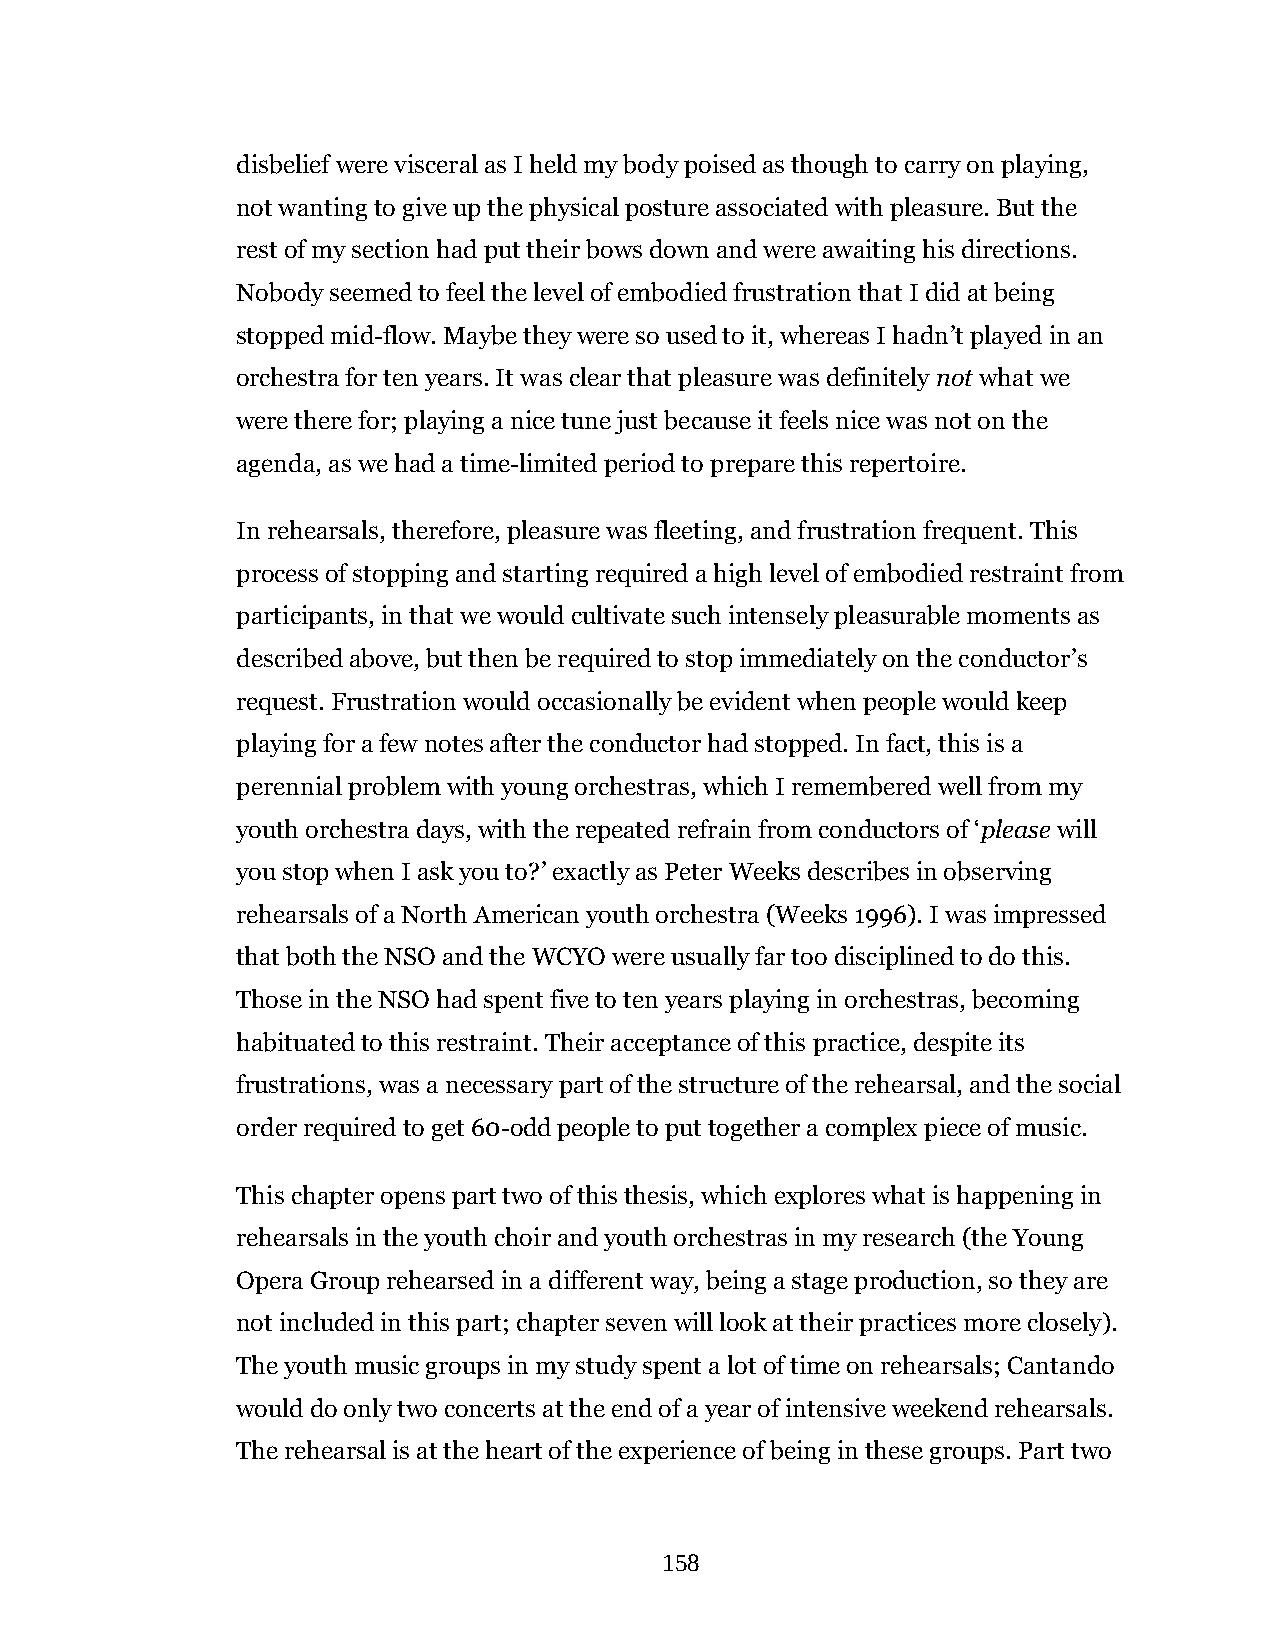
disbelief were visceral as I held my body poised as though to carry on playing,
 not wanting to give up the physical posture associated with pleasure. But the
 rest of my section had put their bows down and were awaiting his directions.
 Nobody seemed to feel the level of embodied frustration that I did at being
 stopped mid-flow. Maybe they were so used to it, whereas I hadn’t played in an
 orchestra for ten years. It was clear that pleasure was definitely not what we
 were there for; playing a nice tune just because it feels nice was not on the
 agenda, as we had a time-limited period to prepare this repertoire.
 In rehearsals, therefore, pleasure was fleeting, and frustration frequent. This
 process of stopping and starting required a high level of embodied restraint from
 participants, in that we would cultivate such intensely pleasurable moments as
 described above, but then be required to stop immediately on the conductor’s
 request. Frustration would occasionally be evident when people would keep
 playing for a few notes after the conductor had stopped. In fact, this is a
 perennial problem with young orchestras, which I remembered well from my
 youth orchestra days, with the repeated refrain from conductors of ‘please will
 you stop when I ask you to?’ exactly as Peter Weeks describes in observing
 rehearsals of a North American youth orchestra (Weeks 1996). I was impressed
 that both the NSO and the WCYO were usually far too disciplined to do this.
 Those in the NSO had spent five to ten years playing in orchestras, becoming
 habituated to this restraint. Their acceptance of this practice, despite its
 frustrations, was a necessary part of the structure of the rehearsal, and the social
 order required to get 60-odd people to put together a complex piece of music.
 This chapter opens part two of this thesis, which explores what is happening in
 rehearsals in the youth choir and youth orchestras in my research (the Young
 Opera Group rehearsed in a different way, being a stage production, so they are
 not included in this part; chapter seven will look at their practices more closely).
 The youth music groups in my study spent a lot of time on rehearsals; Cantando
 would do only two concerts at the end of a year of intensive weekend rehearsals.
 The rehearsal is at the heart of the experience of being in these groups. Part two
 158